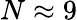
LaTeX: N\approx{9}